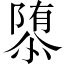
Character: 𮥠